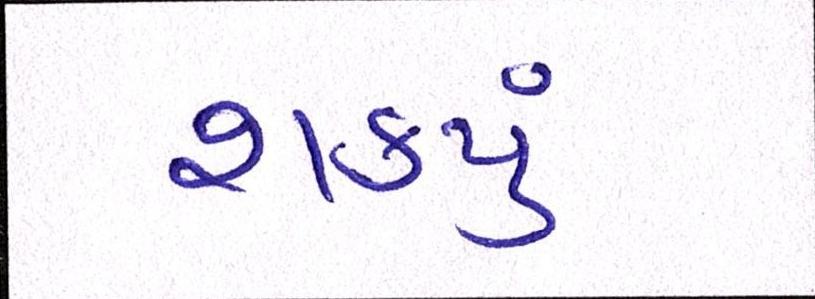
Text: શકયું